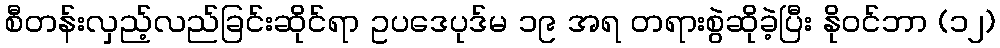
စီတန်းလှည့်လည်ခြင်းဆိုင်ရာ ဥပဒေပုဒ်မ ၁၉ အရ တရားစွဲဆိုခဲ့ပြီး နိုဝင်ဘာ (၁၂)